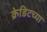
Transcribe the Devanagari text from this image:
क्रेडिटच्या